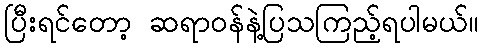
ပြီးရင်တော့ ဆရာဝန်နဲ့ပြသကြည့်ရပါမယ်။